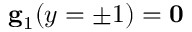
\mathbf { g } _ { 1 } ( y = \pm 1 ) = \mathbf { 0 }